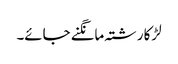
لڑکا رشتہ مانگنے جائے۔